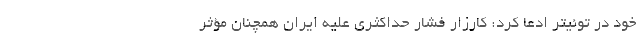
خود در توئیتر ادعا کرد: کارزار فشار حداکثری علیه ایران همچنان مؤثر